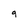
Character: q